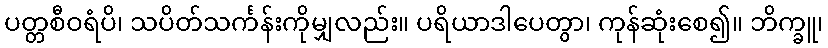
ပတ္တစီဝရံပိ၊ သပိတ်သင်္ကန်းကိုမျှလည်း။ ပရိယာဒါပေတွာ၊ ကုန်ဆုံးစေ၍။ ဘိက္ခူ၊